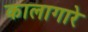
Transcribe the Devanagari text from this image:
कालागारे